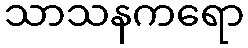
သာသနကရော